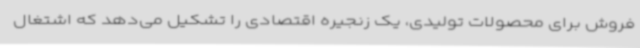
فروش برای محصولات تولیدی، یک زنجیره اقتصادی را تشکیل می‌دهد که اشتغال